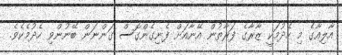
އާލިއާގެ މި ހެދުމަކީ ޒާރާގެ ފަރާތުން އޭނާއަށް ފެނިގެންގޮސް ގަންނަން ބޭނުންވި ހެދުމެކެވެ.